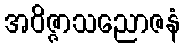
အဝိဇ္ဇာသညောဇနံ